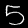
Label: 5